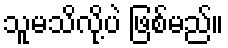
သူမသိလို့ပဲ ဖြစ်မည်။